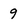
Character: 9